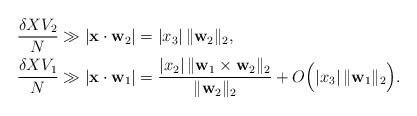
LaTeX: \begin{align*}\frac{\delta X V_2}{N}&\gg |\mathbf{x}\cdot \mathbf{w}_2|=|x_3|\,\|\mathbf{w}_2\|_2,\\\frac{\delta X V_1}{N}&\gg |\mathbf{x}\cdot \mathbf{w}_1|=\frac{|x_2|\,\|\mathbf{w}_1\times \mathbf{w}_2\|_2}{\|\mathbf{w}_2\|_2}+O\Bigl(|x_3|\, \|\mathbf{w}_1\|_2\Bigr).\end{align*}